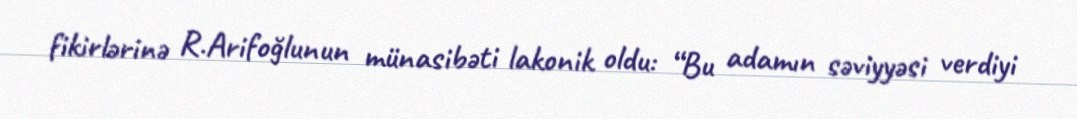
fikirlərinə R.Arifoğlunun münasibəti lakonik oldu: “Bu adamın səviyyəsi verdiyi